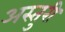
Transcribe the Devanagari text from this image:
अस्तुरी